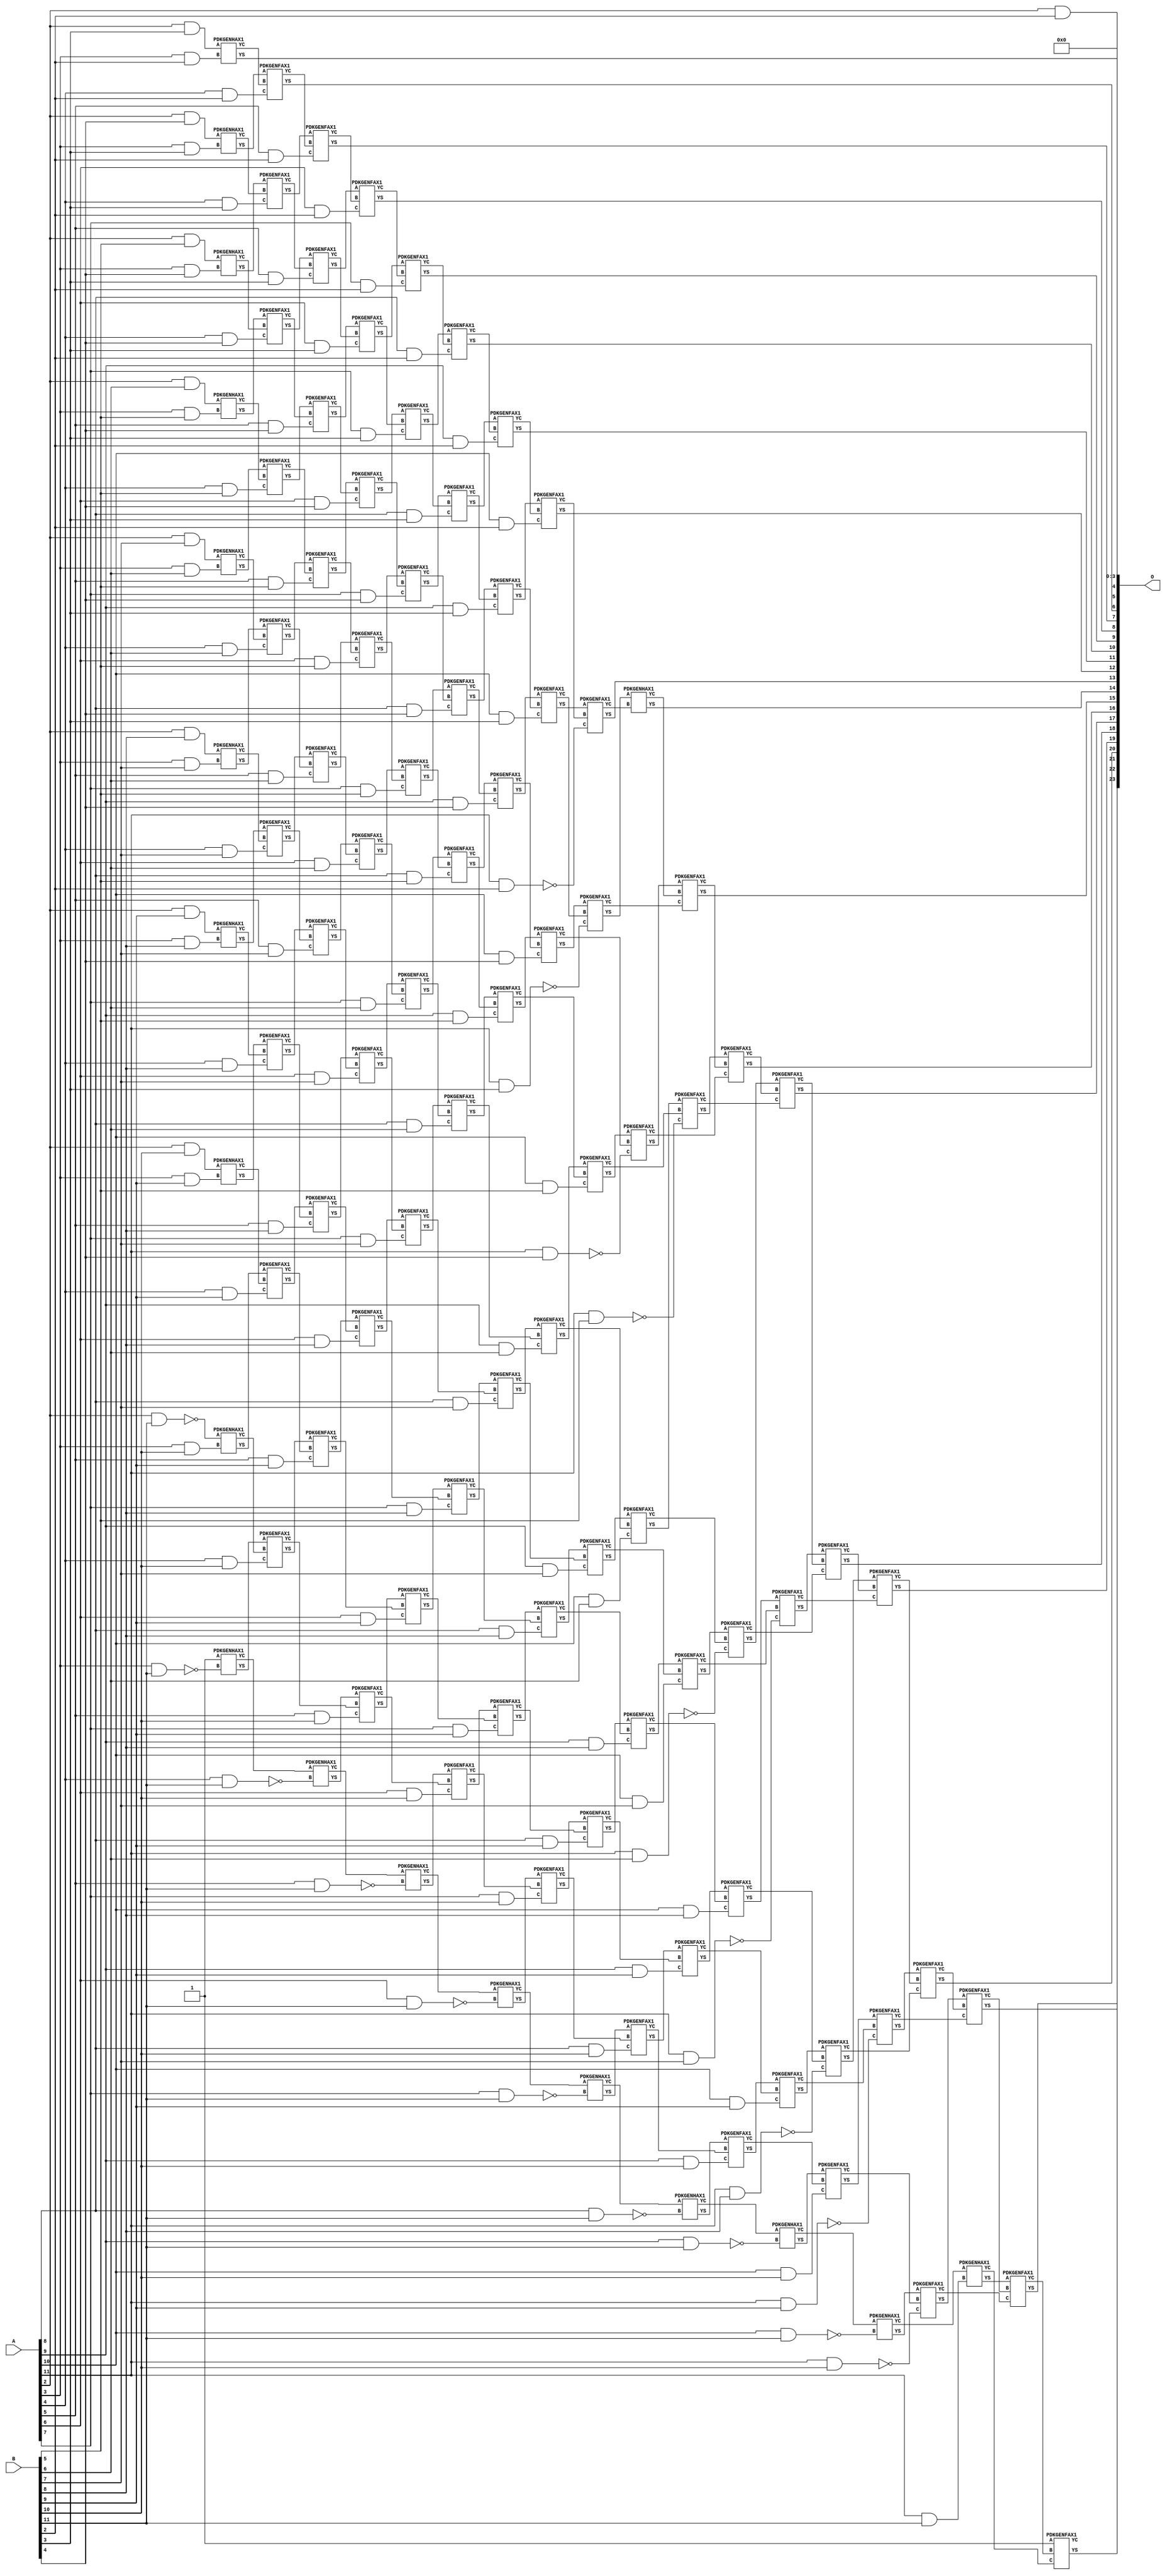
/***
* This code is a part of EvoApproxLib library (ehw.fit.vutbr.cz/approxlib) distributed under The MIT License.
* When used, please cite the following article(s): V. Mrazek, Z. Vasicek, L. Sekanina, H. Jiang and J. Han, "Scalable Construction of Approximate Multipliers With Formally Guaranteed Worst Case Error" in IEEE Transactions on Very Large Scale Integration (VLSI) Systems, vol. 26, no. 11, pp. 2572-2576, Nov. 2018. doi: 10.1109/TVLSI.2018.2856362 
* This file contains a circuit from a sub-set of pareto optimal circuits with respect to the pwr and mre parameters
***/
// MAE% = 0.014 %
// MAE = 2396 
// WCE% = 0.073 %
// WCE = 12279 
// WCRE% = 1500.00 %
// EP% = 93.71 %
// MRE% = 1.17 %
// MSE = 97867.163e2 
// PDK45_PWR = 0.756 mW
// PDK45_AREA = 1145.1 um2
// PDK45_DELAY = 1.91 ns


module mul12s_36D ( A, B, O );
  input [11:0] A;
  input [11:0] B;
  output [23:0] O;

  wire C_10_10,C_10_11,C_10_2,C_10_3,C_10_4,C_10_5,C_10_6,C_10_7,C_10_8,C_10_9,C_11_10,C_11_11,C_11_2,C_11_3,C_11_4,C_11_5,C_11_6,C_11_7,C_11_8,C_11_9,C_12_10,C_12_11,C_12_2,C_12_3,C_12_4,C_12_5,C_12_6,C_12_7,C_12_8,C_12_9,C_3_10,C_3_11,C_3_2,C_3_3,C_3_4,C_3_5,C_3_6,C_3_7,C_3_8,C_3_9,C_4_10,C_4_11,C_4_2,C_4_3,C_4_4,C_4_5,C_4_6,C_4_7,C_4_8,C_4_9,C_5_10,C_5_11,C_5_2,C_5_3,C_5_4,C_5_5,C_5_6,C_5_7,C_5_8,C_5_9,C_6_10,C_6_11,C_6_2,C_6_3,C_6_4,C_6_5,C_6_6,C_6_7,C_6_8,C_6_9,C_7_10,C_7_11,C_7_2,C_7_3,C_7_4,C_7_5,C_7_6,C_7_7,C_7_8,C_7_9,C_8_10,C_8_11,C_8_2,C_8_3,C_8_4,C_8_5,C_8_6,C_8_7,C_8_8,C_8_9,C_9_10,C_9_11,C_9_2,C_9_3,C_9_4,C_9_5,C_9_6,C_9_7,C_9_8,C_9_9,S_10_0,S_10_1,S_10_10,S_10_11,S_10_2,S_10_3,S_10_4,S_10_5,S_10_6,S_10_7,S_10_8,S_10_9,S_11_0,S_11_1,S_11_10,S_11_11,S_11_2,S_11_3,S_11_4,S_11_5,S_11_6,S_11_7,S_11_8,S_11_9,S_12_0,S_12_1,S_12_10,S_12_11,S_12_2,S_12_3,S_12_4,S_12_5,S_12_6,S_12_7,S_12_8,S_12_9,S_2_10,S_2_11,S_2_2,S_2_3,S_2_4,S_2_5,S_2_6,S_2_7,S_2_8,S_2_9,S_3_1,S_3_10,S_3_11,S_3_2,S_3_3,S_3_4,S_3_5,S_3_6,S_3_7,S_3_8,S_3_9,S_4_0,S_4_1,S_4_10,S_4_11,S_4_2,S_4_3,S_4_4,S_4_5,S_4_6,S_4_7,S_4_8,S_4_9,S_5_0,S_5_1,S_5_10,S_5_11,S_5_2,S_5_3,S_5_4,S_5_5,S_5_6,S_5_7,S_5_8,S_5_9,S_6_0,S_6_1,S_6_10,S_6_11,S_6_2,S_6_3,S_6_4,S_6_5,S_6_6,S_6_7,S_6_8,S_6_9,S_7_0,S_7_1,S_7_10,S_7_11,S_7_2,S_7_3,S_7_4,S_7_5,S_7_6,S_7_7,S_7_8,S_7_9,S_8_0,S_8_1,S_8_10,S_8_11,S_8_2,S_8_3,S_8_4,S_8_5,S_8_6,S_8_7,S_8_8,S_8_9,S_9_0,S_9_1,S_9_10,S_9_11,S_9_2,S_9_3,S_9_4,S_9_5,S_9_6,S_9_7,S_9_8,S_9_9;

  assign S_2_2 = (A[2] & B[2]);
  assign S_2_3 = (A[2] & B[3]);
  assign S_2_4 = (A[2] & B[4]);
  assign S_2_5 = (A[2] & B[5]);
  assign S_2_6 = (A[2] & B[6]);
  assign S_2_7 = (A[2] & B[7]);
  assign S_2_8 = (A[2] & B[8]);
  assign S_2_9 = (A[2] & B[9]);
  assign S_2_10 = (A[2] & B[10]);
  assign S_2_11 = ~(A[2] & B[11]);
  assign S_3_1 = S_2_2;
  PDKGENHAX1 U1815 (.A(S_2_3), .B((A[3] & B[2])), .YS(S_3_2), .YC(C_3_2));
  PDKGENHAX1 U1816 (.A(S_2_4), .B((A[3] & B[3])), .YS(S_3_3), .YC(C_3_3));
  PDKGENHAX1 U1817 (.A(S_2_5), .B((A[3] & B[4])), .YS(S_3_4), .YC(C_3_4));
  PDKGENHAX1 U1818 (.A(S_2_6), .B((A[3] & B[5])), .YS(S_3_5), .YC(C_3_5));
  PDKGENHAX1 U1819 (.A(S_2_7), .B((A[3] & B[6])), .YS(S_3_6), .YC(C_3_6));
  PDKGENHAX1 U1820 (.A(S_2_8), .B((A[3] & B[7])), .YS(S_3_7), .YC(C_3_7));
  PDKGENHAX1 U1821 (.A(S_2_9), .B((A[3] & B[8])), .YS(S_3_8), .YC(C_3_8));
  PDKGENHAX1 U1822 (.A(S_2_10), .B((A[3] & B[9])), .YS(S_3_9), .YC(C_3_9));
  PDKGENHAX1 U1823 (.A(S_2_11), .B((A[3] & B[10])), .YS(S_3_10), .YC(C_3_10));
  PDKGENHAX1 U1824 (.A(1'b1), .B(~(A[3] & B[11])), .YS(S_3_11), .YC(C_3_11));
  assign S_4_0 = S_3_1;
  assign S_4_1 = S_3_2;
  PDKGENFAX1 U1827 (.A(S_3_3), .B(C_3_2), .C((A[4] & B[2])), .YS(S_4_2), .YC(C_4_2));
  PDKGENFAX1 U1828 (.A(S_3_4), .B(C_3_3), .C((A[4] & B[3])), .YS(S_4_3), .YC(C_4_3));
  PDKGENFAX1 U1829 (.A(S_3_5), .B(C_3_4), .C((A[4] & B[4])), .YS(S_4_4), .YC(C_4_4));
  PDKGENFAX1 U1830 (.A(S_3_6), .B(C_3_5), .C((A[4] & B[5])), .YS(S_4_5), .YC(C_4_5));
  PDKGENFAX1 U1831 (.A(S_3_7), .B(C_3_6), .C((A[4] & B[6])), .YS(S_4_6), .YC(C_4_6));
  PDKGENFAX1 U1832 (.A(S_3_8), .B(C_3_7), .C((A[4] & B[7])), .YS(S_4_7), .YC(C_4_7));
  PDKGENFAX1 U1833 (.A(S_3_9), .B(C_3_8), .C((A[4] & B[8])), .YS(S_4_8), .YC(C_4_8));
  PDKGENFAX1 U1834 (.A(S_3_10), .B(C_3_9), .C((A[4] & B[9])), .YS(S_4_9), .YC(C_4_9));
  PDKGENFAX1 U1835 (.A(S_3_11), .B(C_3_10), .C((A[4] & B[10])), .YS(S_4_10), .YC(C_4_10));
  PDKGENHAX1 U1836 (.A(C_3_11), .B(~(A[4] & B[11])), .YS(S_4_11), .YC(C_4_11));
  assign S_5_0 = S_4_1;
  assign S_5_1 = S_4_2;
  PDKGENFAX1 U1839 (.A(S_4_3), .B(C_4_2), .C((A[5] & B[2])), .YS(S_5_2), .YC(C_5_2));
  PDKGENFAX1 U1840 (.A(S_4_4), .B(C_4_3), .C((A[5] & B[3])), .YS(S_5_3), .YC(C_5_3));
  PDKGENFAX1 U1841 (.A(S_4_5), .B(C_4_4), .C((A[5] & B[4])), .YS(S_5_4), .YC(C_5_4));
  PDKGENFAX1 U1842 (.A(S_4_6), .B(C_4_5), .C((A[5] & B[5])), .YS(S_5_5), .YC(C_5_5));
  PDKGENFAX1 U1843 (.A(S_4_7), .B(C_4_6), .C((A[5] & B[6])), .YS(S_5_6), .YC(C_5_6));
  PDKGENFAX1 U1844 (.A(S_4_8), .B(C_4_7), .C((A[5] & B[7])), .YS(S_5_7), .YC(C_5_7));
  PDKGENFAX1 U1845 (.A(S_4_9), .B(C_4_8), .C((A[5] & B[8])), .YS(S_5_8), .YC(C_5_8));
  PDKGENFAX1 U1846 (.A(S_4_10), .B(C_4_9), .C((A[5] & B[9])), .YS(S_5_9), .YC(C_5_9));
  PDKGENFAX1 U1847 (.A(S_4_11), .B(C_4_10), .C((A[5] & B[10])), .YS(S_5_10), .YC(C_5_10));
  PDKGENHAX1 U1848 (.A(C_4_11), .B(~(A[5] & B[11])), .YS(S_5_11), .YC(C_5_11));
  assign S_6_0 = S_5_1;
  assign S_6_1 = S_5_2;
  PDKGENFAX1 U1851 (.A(S_5_3), .B(C_5_2), .C((A[6] & B[2])), .YS(S_6_2), .YC(C_6_2));
  PDKGENFAX1 U1852 (.A(S_5_4), .B(C_5_3), .C((A[6] & B[3])), .YS(S_6_3), .YC(C_6_3));
  PDKGENFAX1 U1853 (.A(S_5_5), .B(C_5_4), .C((A[6] & B[4])), .YS(S_6_4), .YC(C_6_4));
  PDKGENFAX1 U1854 (.A(S_5_6), .B(C_5_5), .C((A[6] & B[5])), .YS(S_6_5), .YC(C_6_5));
  PDKGENFAX1 U1855 (.A(S_5_7), .B(C_5_6), .C((A[6] & B[6])), .YS(S_6_6), .YC(C_6_6));
  PDKGENFAX1 U1856 (.A(S_5_8), .B(C_5_7), .C((A[6] & B[7])), .YS(S_6_7), .YC(C_6_7));
  PDKGENFAX1 U1857 (.A(S_5_9), .B(C_5_8), .C((A[6] & B[8])), .YS(S_6_8), .YC(C_6_8));
  PDKGENFAX1 U1858 (.A(S_5_10), .B(C_5_9), .C((A[6] & B[9])), .YS(S_6_9), .YC(C_6_9));
  PDKGENFAX1 U1859 (.A(S_5_11), .B(C_5_10), .C((A[6] & B[10])), .YS(S_6_10), .YC(C_6_10));
  PDKGENHAX1 U1860 (.A(C_5_11), .B(~(A[6] & B[11])), .YS(S_6_11), .YC(C_6_11));
  assign S_7_0 = S_6_1;
  assign S_7_1 = S_6_2;
  PDKGENFAX1 U1863 (.A(S_6_3), .B(C_6_2), .C((A[7] & B[2])), .YS(S_7_2), .YC(C_7_2));
  PDKGENFAX1 U1864 (.A(S_6_4), .B(C_6_3), .C((A[7] & B[3])), .YS(S_7_3), .YC(C_7_3));
  PDKGENFAX1 U1865 (.A(S_6_5), .B(C_6_4), .C((A[7] & B[4])), .YS(S_7_4), .YC(C_7_4));
  PDKGENFAX1 U1866 (.A(S_6_6), .B(C_6_5), .C((A[7] & B[5])), .YS(S_7_5), .YC(C_7_5));
  PDKGENFAX1 U1867 (.A(S_6_7), .B(C_6_6), .C((A[7] & B[6])), .YS(S_7_6), .YC(C_7_6));
  PDKGENFAX1 U1868 (.A(S_6_8), .B(C_6_7), .C((A[7] & B[7])), .YS(S_7_7), .YC(C_7_7));
  PDKGENFAX1 U1869 (.A(S_6_9), .B(C_6_8), .C((A[7] & B[8])), .YS(S_7_8), .YC(C_7_8));
  PDKGENFAX1 U1870 (.A(S_6_10), .B(C_6_9), .C((A[7] & B[9])), .YS(S_7_9), .YC(C_7_9));
  PDKGENFAX1 U1871 (.A(S_6_11), .B(C_6_10), .C((A[7] & B[10])), .YS(S_7_10), .YC(C_7_10));
  PDKGENHAX1 U1872 (.A(C_6_11), .B(~(A[7] & B[11])), .YS(S_7_11), .YC(C_7_11));
  assign S_8_0 = S_7_1;
  assign S_8_1 = S_7_2;
  PDKGENFAX1 U1875 (.A(S_7_3), .B(C_7_2), .C((A[8] & B[2])), .YS(S_8_2), .YC(C_8_2));
  PDKGENFAX1 U1876 (.A(S_7_4), .B(C_7_3), .C((A[8] & B[3])), .YS(S_8_3), .YC(C_8_3));
  PDKGENFAX1 U1877 (.A(S_7_5), .B(C_7_4), .C((A[8] & B[4])), .YS(S_8_4), .YC(C_8_4));
  PDKGENFAX1 U1878 (.A(S_7_6), .B(C_7_5), .C((A[8] & B[5])), .YS(S_8_5), .YC(C_8_5));
  PDKGENFAX1 U1879 (.A(S_7_7), .B(C_7_6), .C((A[8] & B[6])), .YS(S_8_6), .YC(C_8_6));
  PDKGENFAX1 U1880 (.A(S_7_8), .B(C_7_7), .C((A[8] & B[7])), .YS(S_8_7), .YC(C_8_7));
  PDKGENFAX1 U1881 (.A(S_7_9), .B(C_7_8), .C((A[8] & B[8])), .YS(S_8_8), .YC(C_8_8));
  PDKGENFAX1 U1882 (.A(S_7_10), .B(C_7_9), .C((A[8] & B[9])), .YS(S_8_9), .YC(C_8_9));
  PDKGENFAX1 U1883 (.A(S_7_11), .B(C_7_10), .C((A[8] & B[10])), .YS(S_8_10), .YC(C_8_10));
  PDKGENHAX1 U1884 (.A(C_7_11), .B(~(A[8] & B[11])), .YS(S_8_11), .YC(C_8_11));
  assign S_9_0 = S_8_1;
  assign S_9_1 = S_8_2;
  PDKGENFAX1 U1887 (.A(S_8_3), .B(C_8_2), .C((A[9] & B[2])), .YS(S_9_2), .YC(C_9_2));
  PDKGENFAX1 U1888 (.A(S_8_4), .B(C_8_3), .C((A[9] & B[3])), .YS(S_9_3), .YC(C_9_3));
  PDKGENFAX1 U1889 (.A(S_8_5), .B(C_8_4), .C((A[9] & B[4])), .YS(S_9_4), .YC(C_9_4));
  PDKGENFAX1 U1890 (.A(S_8_6), .B(C_8_5), .C((A[9] & B[5])), .YS(S_9_5), .YC(C_9_5));
  PDKGENFAX1 U1891 (.A(S_8_7), .B(C_8_6), .C((A[9] & B[6])), .YS(S_9_6), .YC(C_9_6));
  PDKGENFAX1 U1892 (.A(S_8_8), .B(C_8_7), .C((A[9] & B[7])), .YS(S_9_7), .YC(C_9_7));
  PDKGENFAX1 U1893 (.A(S_8_9), .B(C_8_8), .C((A[9] & B[8])), .YS(S_9_8), .YC(C_9_8));
  PDKGENFAX1 U1894 (.A(S_8_10), .B(C_8_9), .C((A[9] & B[9])), .YS(S_9_9), .YC(C_9_9));
  PDKGENFAX1 U1895 (.A(S_8_11), .B(C_8_10), .C((A[9] & B[10])), .YS(S_9_10), .YC(C_9_10));
  PDKGENHAX1 U1896 (.A(C_8_11), .B(~(A[9] & B[11])), .YS(S_9_11), .YC(C_9_11));
  assign S_10_0 = S_9_1;
  assign S_10_1 = S_9_2;
  PDKGENFAX1 U1899 (.A(S_9_3), .B(C_9_2), .C((A[10] & B[2])), .YS(S_10_2), .YC(C_10_2));
  PDKGENFAX1 U1900 (.A(S_9_4), .B(C_9_3), .C((A[10] & B[3])), .YS(S_10_3), .YC(C_10_3));
  PDKGENFAX1 U1901 (.A(S_9_5), .B(C_9_4), .C((A[10] & B[4])), .YS(S_10_4), .YC(C_10_4));
  PDKGENFAX1 U1902 (.A(S_9_6), .B(C_9_5), .C((A[10] & B[5])), .YS(S_10_5), .YC(C_10_5));
  PDKGENFAX1 U1903 (.A(S_9_7), .B(C_9_6), .C((A[10] & B[6])), .YS(S_10_6), .YC(C_10_6));
  PDKGENFAX1 U1904 (.A(S_9_8), .B(C_9_7), .C((A[10] & B[7])), .YS(S_10_7), .YC(C_10_7));
  PDKGENFAX1 U1905 (.A(S_9_9), .B(C_9_8), .C((A[10] & B[8])), .YS(S_10_8), .YC(C_10_8));
  PDKGENFAX1 U1906 (.A(S_9_10), .B(C_9_9), .C((A[10] & B[9])), .YS(S_10_9), .YC(C_10_9));
  PDKGENFAX1 U1907 (.A(S_9_11), .B(C_9_10), .C((A[10] & B[10])), .YS(S_10_10), .YC(C_10_10));
  PDKGENHAX1 U1908 (.A(C_9_11), .B(~(A[10] & B[11])), .YS(S_10_11), .YC(C_10_11));
  assign S_11_0 = S_10_1;
  assign S_11_1 = S_10_2;
  PDKGENFAX1 U1911 (.A(S_10_3), .B(C_10_2), .C(~(A[11] & B[2])), .YS(S_11_2), .YC(C_11_2));
  PDKGENFAX1 U1912 (.A(S_10_4), .B(C_10_3), .C(~(A[11] & B[3])), .YS(S_11_3), .YC(C_11_3));
  PDKGENFAX1 U1913 (.A(S_10_5), .B(C_10_4), .C(~(A[11] & B[4])), .YS(S_11_4), .YC(C_11_4));
  PDKGENFAX1 U1914 (.A(S_10_6), .B(C_10_5), .C(~(A[11] & B[5])), .YS(S_11_5), .YC(C_11_5));
  PDKGENFAX1 U1915 (.A(S_10_7), .B(C_10_6), .C(~(A[11] & B[6])), .YS(S_11_6), .YC(C_11_6));
  PDKGENFAX1 U1916 (.A(S_10_8), .B(C_10_7), .C(~(A[11] & B[7])), .YS(S_11_7), .YC(C_11_7));
  PDKGENFAX1 U1917 (.A(S_10_9), .B(C_10_8), .C(~(A[11] & B[8])), .YS(S_11_8), .YC(C_11_8));
  PDKGENFAX1 U1918 (.A(S_10_10), .B(C_10_9), .C(~(A[11] & B[9])), .YS(S_11_9), .YC(C_11_9));
  PDKGENFAX1 U1919 (.A(S_10_11), .B(C_10_10), .C(~(A[11] & B[10])), .YS(S_11_10), .YC(C_11_10));
  PDKGENHAX1 U1920 (.A(C_10_11), .B((A[11] & B[11])), .YS(S_11_11), .YC(C_11_11));
  assign S_12_0 = S_11_1;
  assign S_12_1 = S_11_2;
  PDKGENHAX1 U1923 (.A(S_11_3), .B(C_11_2), .YS(S_12_2), .YC(C_12_2));
  PDKGENFAX1 U1924 (.A(S_11_4), .B(C_12_2), .C(C_11_3), .YS(S_12_3), .YC(C_12_3));
  PDKGENFAX1 U1925 (.A(S_11_5), .B(C_12_3), .C(C_11_4), .YS(S_12_4), .YC(C_12_4));
  PDKGENFAX1 U1926 (.A(S_11_6), .B(C_12_4), .C(C_11_5), .YS(S_12_5), .YC(C_12_5));
  PDKGENFAX1 U1927 (.A(S_11_7), .B(C_12_5), .C(C_11_6), .YS(S_12_6), .YC(C_12_6));
  PDKGENFAX1 U1928 (.A(S_11_8), .B(C_12_6), .C(C_11_7), .YS(S_12_7), .YC(C_12_7));
  PDKGENFAX1 U1929 (.A(S_11_9), .B(C_12_7), .C(C_11_8), .YS(S_12_8), .YC(C_12_8));
  PDKGENFAX1 U1930 (.A(S_11_10), .B(C_12_8), .C(C_11_9), .YS(S_12_9), .YC(C_12_9));
  PDKGENFAX1 U1931 (.A(S_11_11), .B(C_12_9), .C(C_11_10), .YS(S_12_10), .YC(C_12_10));
  PDKGENFAX1 U1932 (.A(1'b1), .B(C_12_10), .C(C_11_11), .YS(S_12_11), .YC(C_12_11));
  assign O = {S_12_11,S_12_10,S_12_9,S_12_8,S_12_7,S_12_6,S_12_5,S_12_4,S_12_3,S_12_2,S_12_1,S_12_0,S_11_0,S_10_0,S_9_0,S_8_0,S_7_0,S_6_0,S_5_0,S_4_0,1'b0,1'b0,1'b0,1'b0};

endmodule

/* mod */
module PDKGENHAX1( input A, input B, output YS, output YC );
    assign YS = A ^ B;
    assign YC = A & B;
endmodule
/* mod */
module PDKGENFAX1( input A, input B, input C, output YS, output YC );
    assign YS = (A ^ B) ^ C;
    assign YC = (A & B) | (B & C) | (A & C);
endmodule